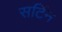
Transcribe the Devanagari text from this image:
सर्टिन